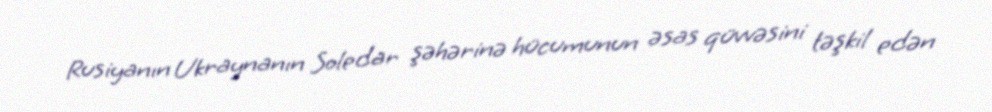
Rusiyanın Ukraynanın Soledar şəhərinə hücumunun əsas qüvvəsini təşkil edən